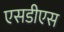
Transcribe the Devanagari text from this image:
एसडीएस